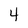
Character: 4